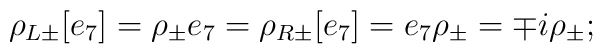
\rho_{L\pm}[e_{7}] = \rho_{\pm}e_{7} = \rho_{R\pm}[e_{7}] = e_{7}\rho_{\pm} = \mp i \rho_{\pm};